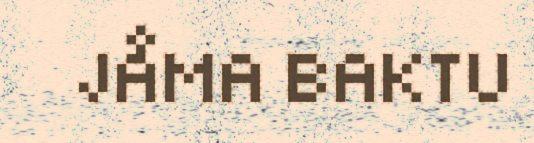
JÅMA BAKTU